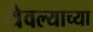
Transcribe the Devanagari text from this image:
येवल्याच्या